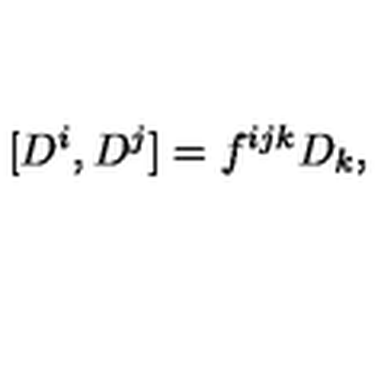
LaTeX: [ D ^ { i } , D ^ { j } ] = f ^ { i j k } D _ { k } ,